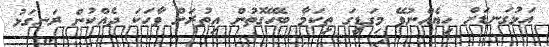
އަޅުގަނޑަށް ހިޔެއްނުވޭ މިގަޑީގަ ތިކަމާ ބެހޭގޮތުން އިތުރަށް ވާހަކަ ދެއްކުން ރަނގަޅު